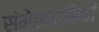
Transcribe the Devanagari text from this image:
संमेलनांपैकी